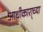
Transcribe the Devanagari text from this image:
आधीकारा्च्या